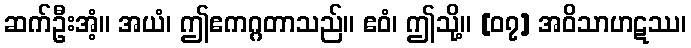
ဆက်ဦးအံ့။ အယံ၊ ဤဧကဂ္ဂတာသည်။ ဧဝံ၊ ဤသို့။ [၀၇] အဝိသာဟဋဿ၊